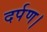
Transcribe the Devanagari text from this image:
दर्पण।